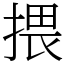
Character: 揋